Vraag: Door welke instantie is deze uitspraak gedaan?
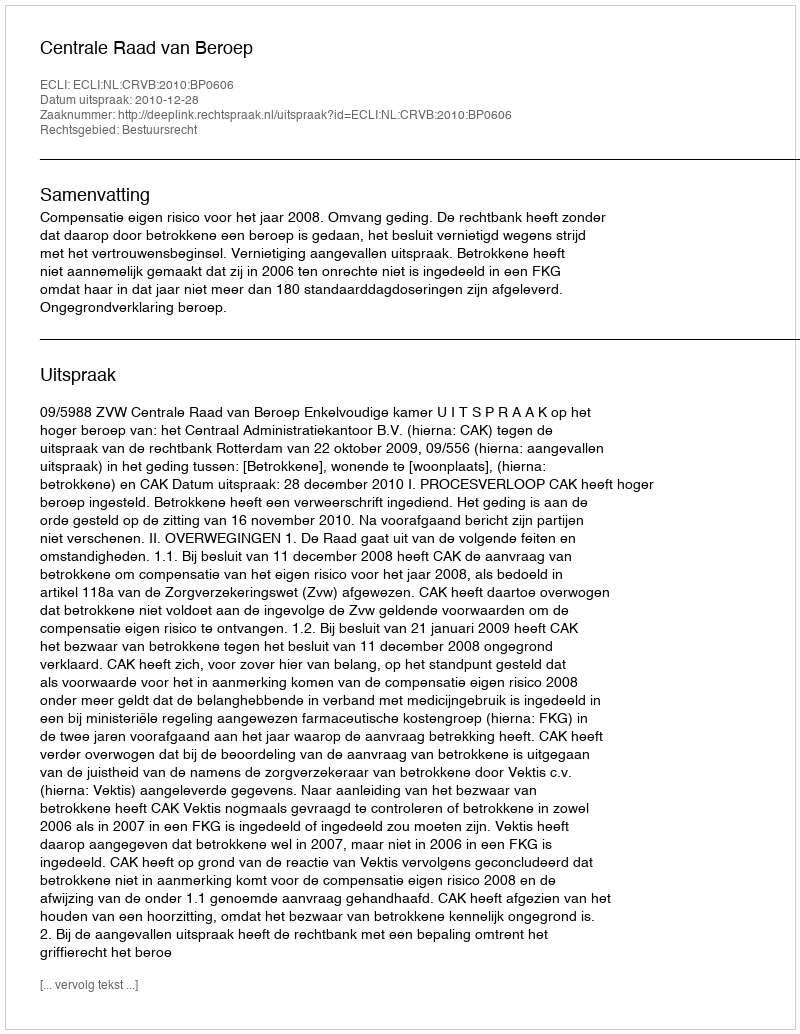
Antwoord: Centrale Raad van Beroep